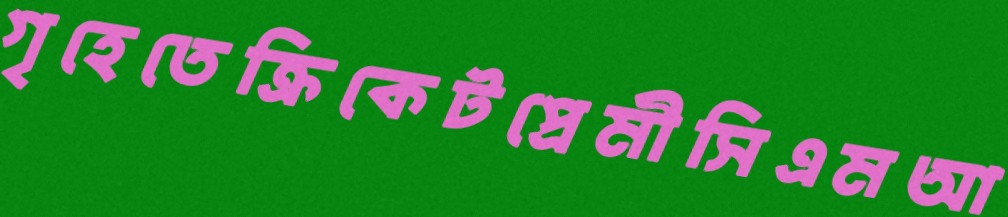
গৃহেতেক্রিকেটপ্রেমীসিএমআ